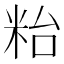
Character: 𥹋